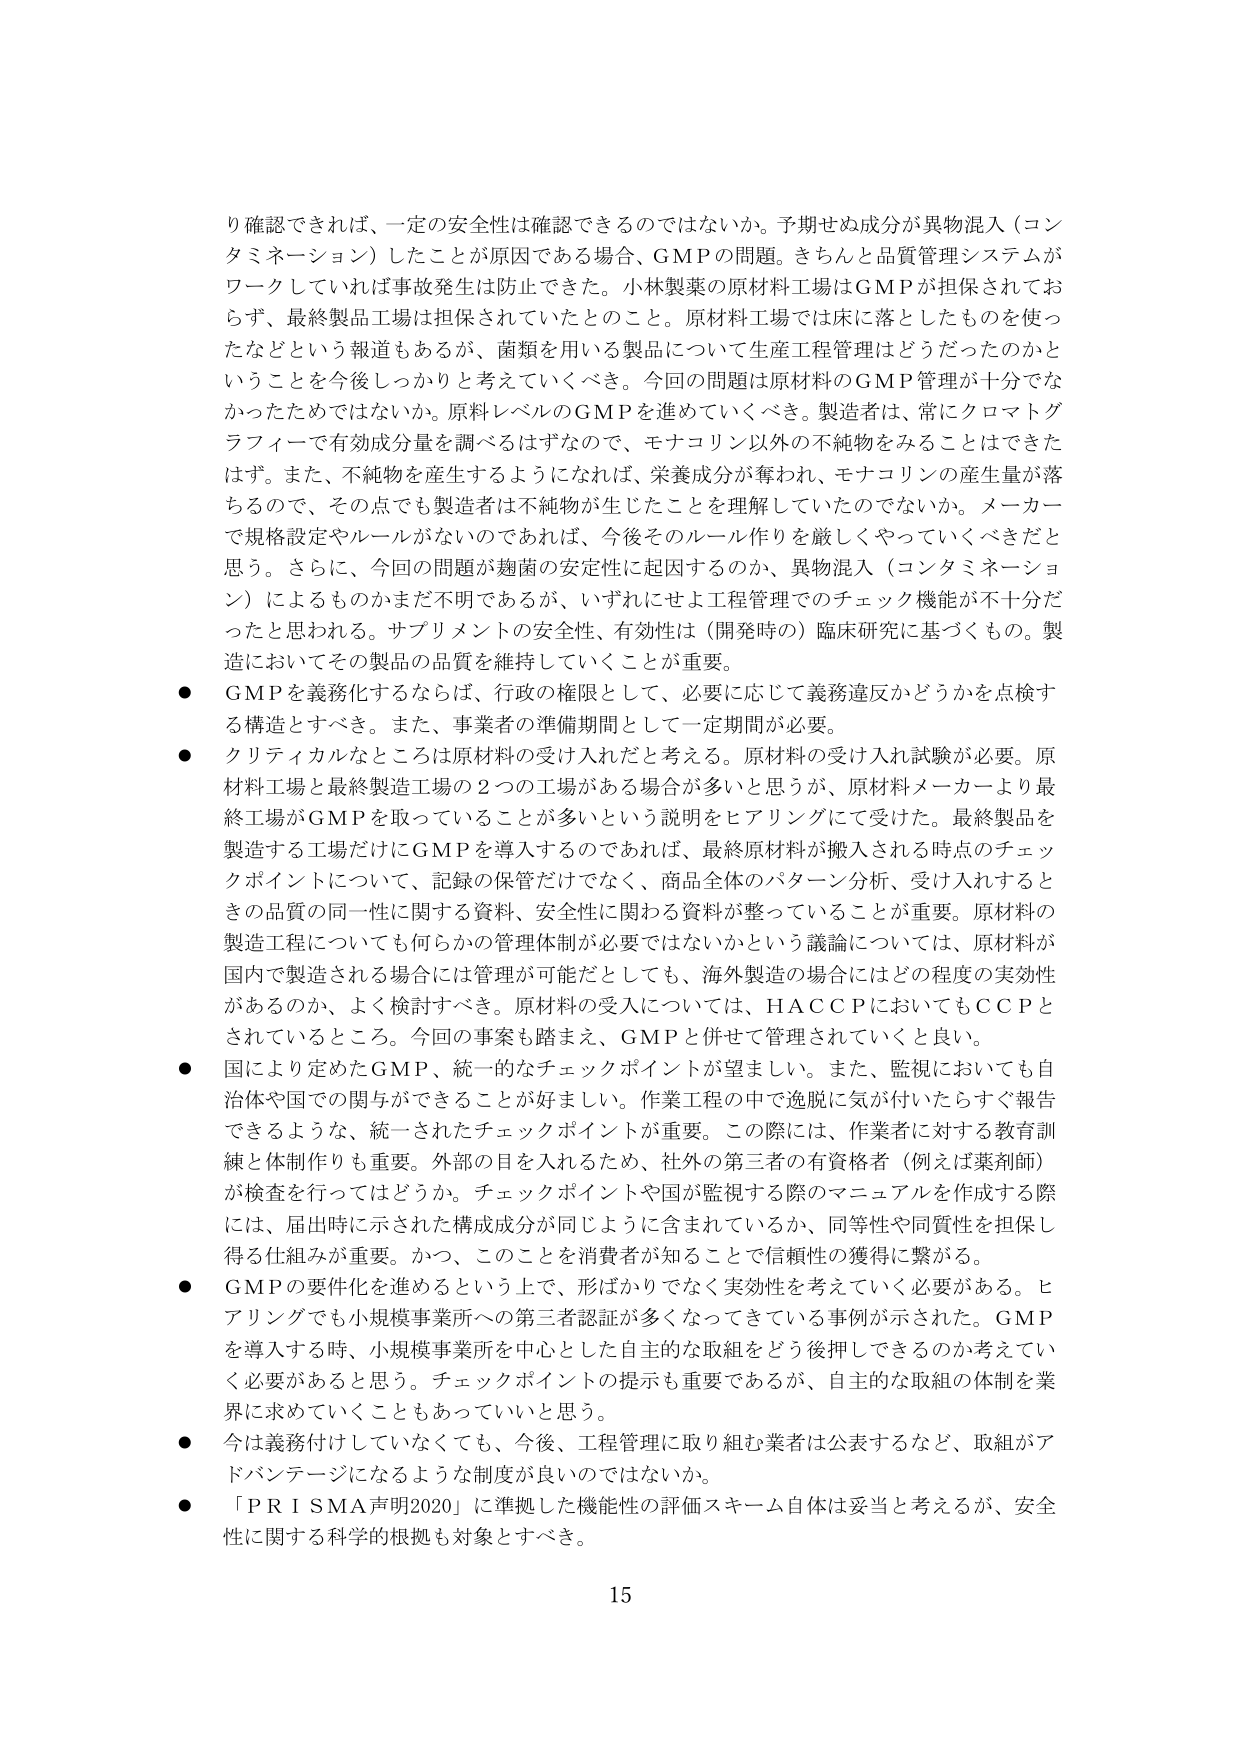
り確認できれば、一定の安全性は確認できるのではないか。予期せぬ成分が異物混入（コンタミネーション）したことが原因である場合、GMPの問題。きちんと品質管理システムがワークしていれば事故発生は防止できた。小林製薬の原材料工場はGMPが担保されておらず、最終製品工場は担保されていたとのこと。原材料工場では床に落ちしたものを使ったなどという報道もあるが、菌類を用いる製品について生産工程管理はどうだったのかということを今後しっかりと考えていくべき。今回の問題は原材料のGMP管理が十分でなかったためではないか。原料レベルのGMPを進めていくべき。製造者は、常にクロマトグラフィーで有効成分量を調べるはずなので、モナコリン以外の不純物をみることはできたはず。また、不純物を産生するようになれば、栄養成分が奪われ、モナコリンの産生量が落ちるので、その点でも製造者は不純物が生じたことを理解していたのではないか。メーカーで規格設定やルールがないのであれば、今後そのルール作りを厳しくやっていくべきだと思う。さらに、今回の問題が麹菌の安定性に起因するのか、異物混入（コンタミネーション）によるものかまだ不明であるが、いずれにせよ工程管理でのチェック機能が不十分だったと思われる。サプリメントの安全性、有効性は（開発時の）臨床研究に基づくもの。製造においてその製品の品質を維持していくことが重要。

● GMPを義務化するならば、行政の権限として、必要に応じて義務違反かどうかを点検する構造とすべき。また、事業者の準備期間として一定期間が必要。

● クリティカルなところは原材料の受け入れだと考える。原材料の受け入れ試験が必要。原材料工場と最終製造工場の2つの工場がある場合が多いと思うが、原材料メーカーより最終工場がGMPを取っていることが多いという説明をヒアリングにて受けた。最終製品を製造する工場だけにGMPを導入するのであれば、最終原材料が搬入される時点のチェックポイントについて、記録の保管だけでなく、商品全体のパターン分析、受け入れするときの品質の同一性に関する資料、安全性に関わる資料が整っていることが重要。原材料の製造工程についても何らかの管理体制が必要ではないかという議論については、原材料が国内で製造される場合には管理が可能だとしても、海外製造の場合にはどの程度の実効性があるのか、よく検討すべき。原材料の受入については、HACCPにおいてもCCPとされているところ。今回の事案も踏まえ、GMPと併せて管理されていくと良い。

● 国により定めたGMP、統一的なチェックポイントが望ましい。また、監視においても自治体や国での関与ができることが好ましい。作業工程の中で逸脱に気が付いたらすぐ報告できるような、統一されたチェックポイントが重要。この際には、作業者に対する教育訓練と体制作りも重要。外部の目を入れるため、社外の第三者の有資格者（例えば薬剤師）が検査を行ってはどうか。チェックポイントや国が監視する際のマニュアルを作成する際には、届出時に示された構成成分が同じように含まれているか、同等性や同質性を担保し得る仕組みが重要。かつ、このことを消費者が知ることで信頼性の獲得に繋がる。

● GMPの要件化を進めるという上で、形ばかりでなく実効性を考えていく必要がある。ヒアリングでも小規模事業所への第三者認証が多くなってきている事例が示された。GMPを導入する時、小規模事業所を中心とした自主的な取組をどう後押しできるのか考えていく必要があると思う。チェックポイントの提示も重要であるが、自主的な取組の体制を業界に求めていくこともあっていいと思う。

● 今は義務付けしていなくても、今後、工程管理に取り組む業者は公表するなど、取組がアドバンテージになるような制度が良いのではないか。

● 「PRI SMA声明2020」に準拠した機能性の評価スキーム自体は妥当と考えるが、安全性に関する科学的根拠も対象とすべき。

15